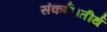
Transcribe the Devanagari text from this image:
संकर्षणतीर्थ